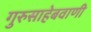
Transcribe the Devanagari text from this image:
गुरुसाहेबवाणी